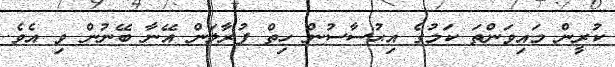
ކުރީން މައިވަންތަ ކަމުގެ އިޙުސާސުން ހިތް ފުރާލަން އޭނާ ބޭނުން ވި އެވެ.